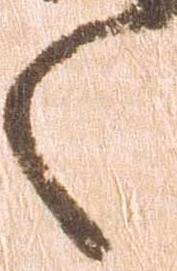
之